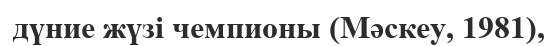
дүние жүзі чемпионы (Мәскеу, 1981),